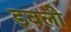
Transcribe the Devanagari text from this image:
डबली